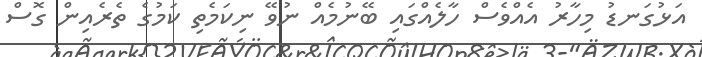
އަޅުގަނޑު މިހާރު އެއްވެސް ހާލެއްގައި ބޭނުމެއް ނުވޭ ނިކަމެތި ކަމުގެ ތެރެއިން ގޮސް